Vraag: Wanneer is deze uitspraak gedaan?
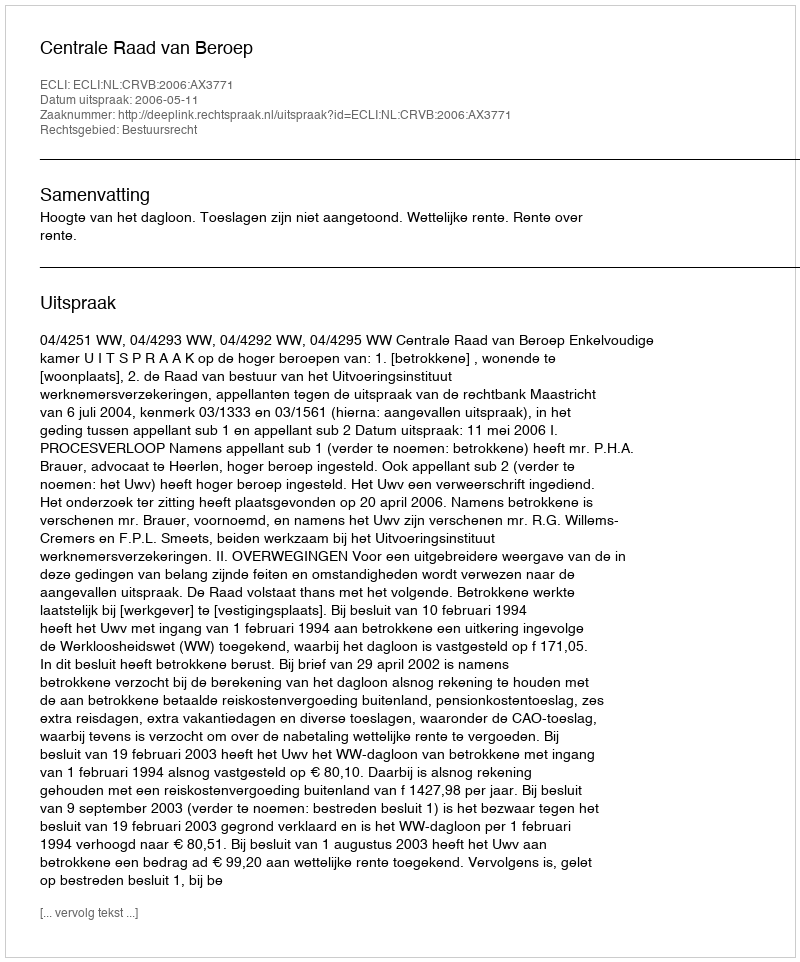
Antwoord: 2006-05-11